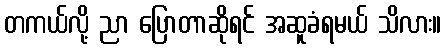
တကယ်လို့ ညာ ပြောတာဆိုရင် အဆူခံရမယ် သိလား။